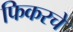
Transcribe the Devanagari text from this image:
फिकरचे